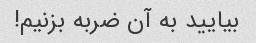
بیایید به آن ضربه بزنیم!